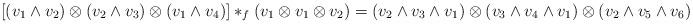
LaTeX: \begin{align*}[(v_1 \wedge v_2) \otimes (v_2 \wedge v_3) \otimes (v_1 \wedge v_4)] \ast_f (v_1 \otimes v_1 \otimes v_2) = (v_2 \wedge v_3 \wedge v_1) \otimes (v_3 \wedge v_4 \wedge v_1) \otimes (v_2 \wedge v_5 \wedge v_6)\end{align*}